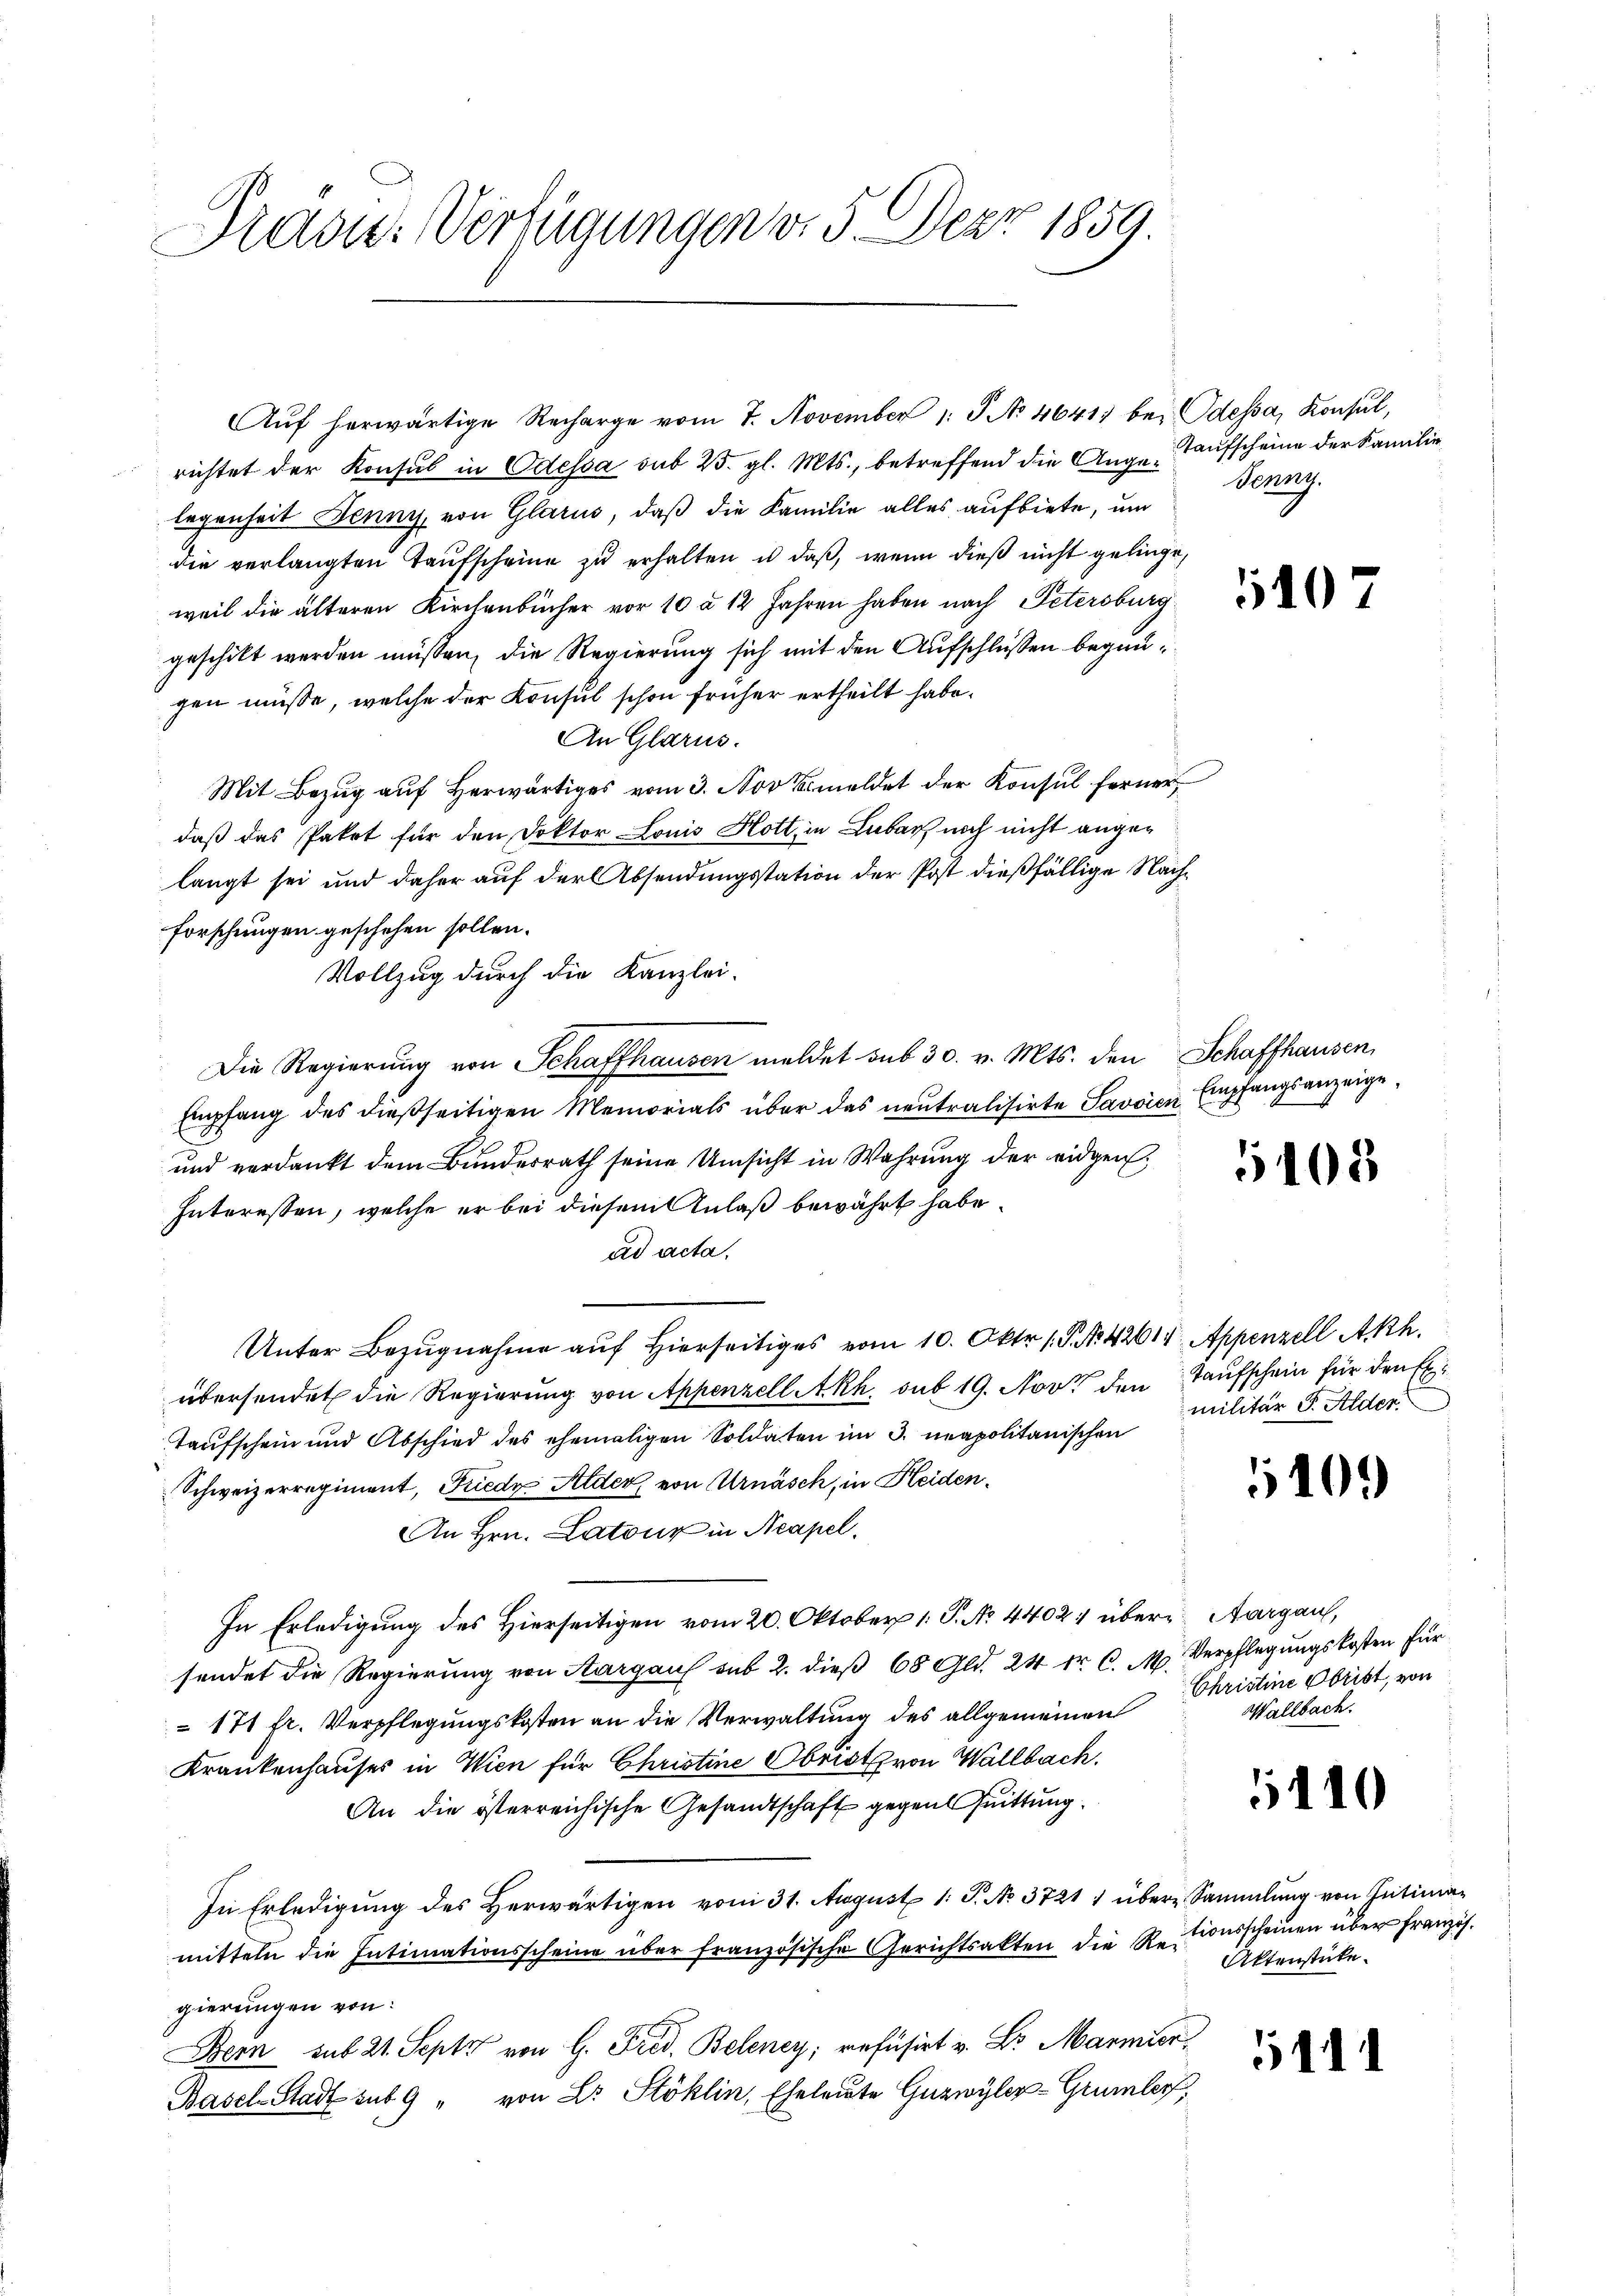
Dradu. Verfügungen d. 5. Der 1859.

Aŭf herwärtige Recharge vom 7. November 1. No 4641) bei Odessa, Konsul,
richtet der Konsul in Odessa sub 25. gl. Mts., betreffend die Auge Taufscheine der Familie
legenheit Jenny, von Glarus, daß die Familie alles aufbiete, um
die verlangten Taufscheine zu erhalten u. daß, wenn dieß nicht gelinge,
weil die älteren Kirchenbücher vor 10 à 14 Jahren haben nach Petersburg
geschikt werden müssen, die Regierung sich mit den Aufschlüßen begangen müsse, welche der Konsul schon früher ertheilt habe.
An Glarus.
Mit Bezug auf herwärtiges vom 3. Nov. meldet der Konsul ferner
daß das Paket für den Doktor Louis Hott, in Leber noch nicht angelangt sei und daher auf der Absendungsstation der Post dießfällige Nachforschungen geschehen sollen.
Vollzug durch die Kanzlei-
Die Regierung von Schaffhausen meldet sub 30. v. Mts. den Schaffhausen,
Empfang des dießseitigen Memorials über das neutralisirte Savoren Empfangsanzeige¬
und verdankt dem Bundesrath seine Umsicht in Wahrung der eidgen
Interessen, welche er bei diesem Anlaß bewährt habe.
ad acta.
Unter Bezugnahme auf hierseitiges vom 10. Okt. 1 S. N. 42614. Appenzell Akh.
übersendet die Regierung von Appenzell Akh. sub 19. Nov. den Taufschein für den Ex¬
Taufschein und Abschied des ehemaligen Soldaten im 3. neapolitanischen
Schweizerregiment, Friedy Alder, von Arnäsch, in Kleiden¬
An Hrn. Latour in Neapel.
In Erledigung des Hierseitigen vom 20. Oktober 1. P. No. 4402. über Aargau,
sendet die Regierung von Aargau sub 2. dieß 68 Gld. 24 fr C. M. Verpflegungskosten für
171 fr. Verpflegungskosten an die Verwaltung des allgemeinen
Krankenhauses in Wien für Christine Obrist von Wallbach.
An die österreichische Gesandtschaft gegen Quittung.
In Erledigung des Herwärtigen vom 31. August 1. P. No. 3721) über Sammlung von Gütimamitteln die Intimationsscheine über französische Gerichtsakten die R. tionsscheinen über Französ.
gierungen von:
Bern sub 21. Sept von G. Fred, Beleney; refüsirt v. Dr. Marmer,
Basel-Stadt sub 9 " von Dr. Stoklin, Eheleute Guzwyler-Grumber,

Beung.

107

508

militär S. Alder.

40.)

Christine Obrist, von
Hallbach.

5110

Aktenstücke.

41